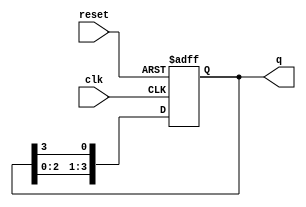
module ring_counter (
    input wire clk,          // Clock signal
    input wire reset,        // Asynchronous reset signal
    output reg [n-1:0] q     // Output state (ring counter state)
);

parameter n = 4; // Number of flip-flops (can be changed as needed)

always @(posedge clk or posedge reset) begin
    if (reset) begin
        q <= 1'b1; // Initialize the counter with the first flip-flop set to '1'
    end else begin
        q <= {q[n-2:0], q[n-1]}; // Shift the '1' to the right
    end
end

endmodule